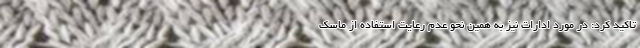
تاکید کرد: در مورد ادارات نیز به همین نحو عدم رعایت استفاده از ماسک